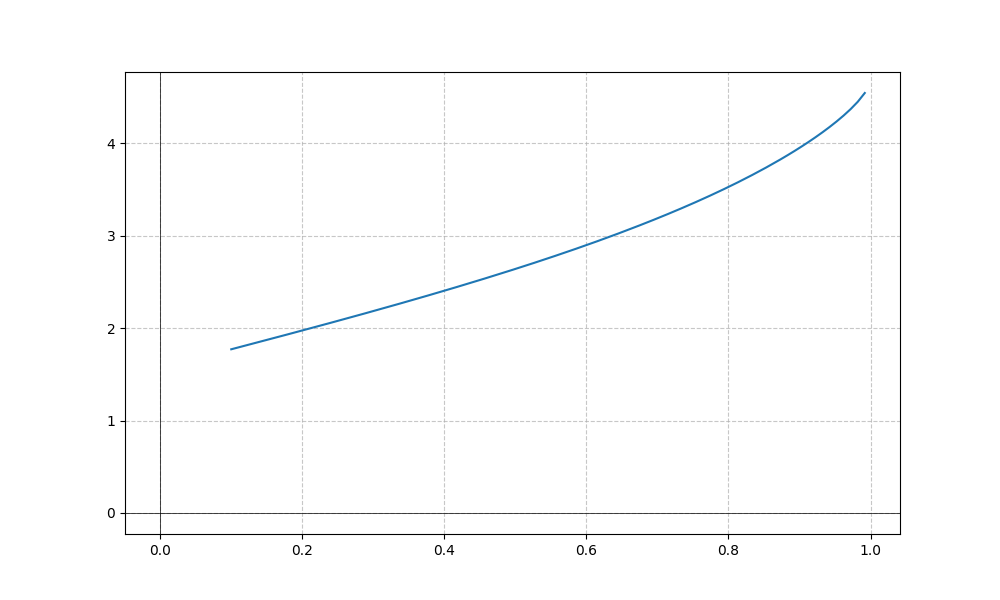
LaTeX formula: \tan{\left(x \right)} + \operatorname{acos}{\left(- x \right)}